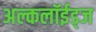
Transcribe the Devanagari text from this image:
अल्कलॉईड्‌ज